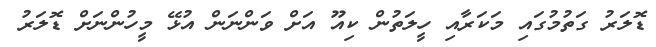
ޑޮލަރު ގަތުމުގައި މަކަރާއި ހީލަތުން ކިއޫ އަށް ވަންނަން އުޅޭ މީހުންނަށް ޑޮލަރު